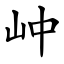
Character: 㞲